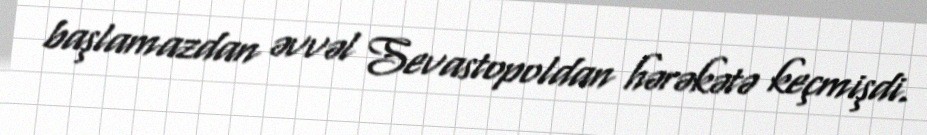
başlamazdan əvvəl Sevastopoldan hərəkətə keçmişdi.